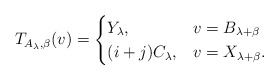
\begin{align*} T_{A_\lambda,\beta}(v)=\begin{cases} Y_{\lambda}, & v=B_{\lambda+\beta}\\ (i+j)C_{\lambda}, & v=X_{\lambda+\beta}. \end{cases}\end{align*}